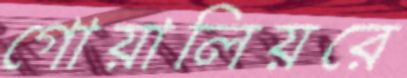
গোয়ালিয়রে